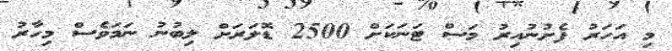
މި އަހަރު ފެށުނުއިރު މަސް ޓަނަކަށް 2500 ޑޮލަރަށް ލިބުނު ނަމަވެސް މިހާރު